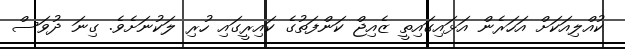
ކުއްލިއަކަށް އަހަރެން އަޅައިގައިތީ ޒެއިޖް ކަންފަތުގެ ކައިރީގައި ހުރި ލަކުނަށެވެ. ގިނަ ދުވަސް